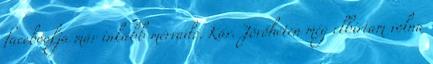
facebookja már inkább mérvadó. Kár. Jövőhéten még elbírtam volna